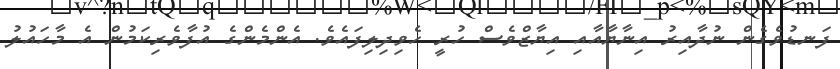
ފަނޑުވެގެން ނުދާއިރު އިނާޔާއާއި އިޔާޒްވެސް ހުރީ ހެވިދިލިފައެވެ. އެންމެންގެ އުފާވެރިކަމުން އެ މާހައުލު